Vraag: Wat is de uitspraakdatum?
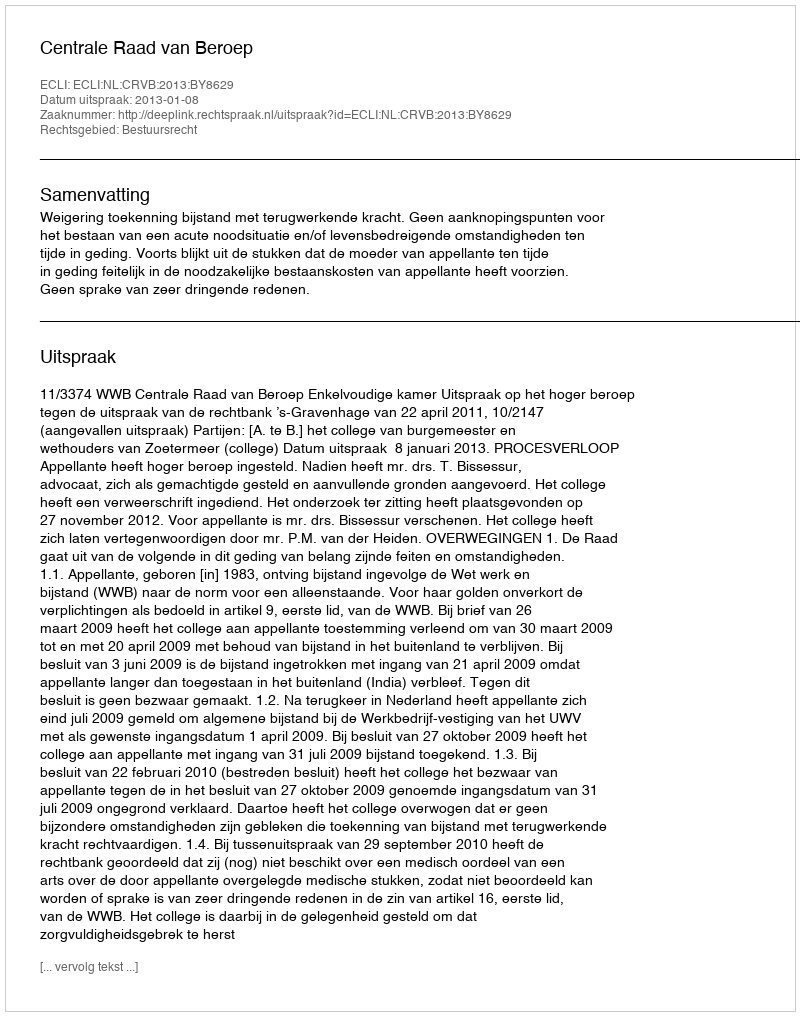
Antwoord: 2013-01-08